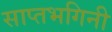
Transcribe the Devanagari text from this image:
साप्तभगिनी